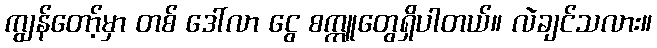
ကျွန်တော့်မှာ တစ် ဒေါ်လာ ငွေ စက္ကူတွေရှိပါတယ်။ လဲချင်သလား။